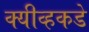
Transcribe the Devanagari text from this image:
क्यीव्हकडे